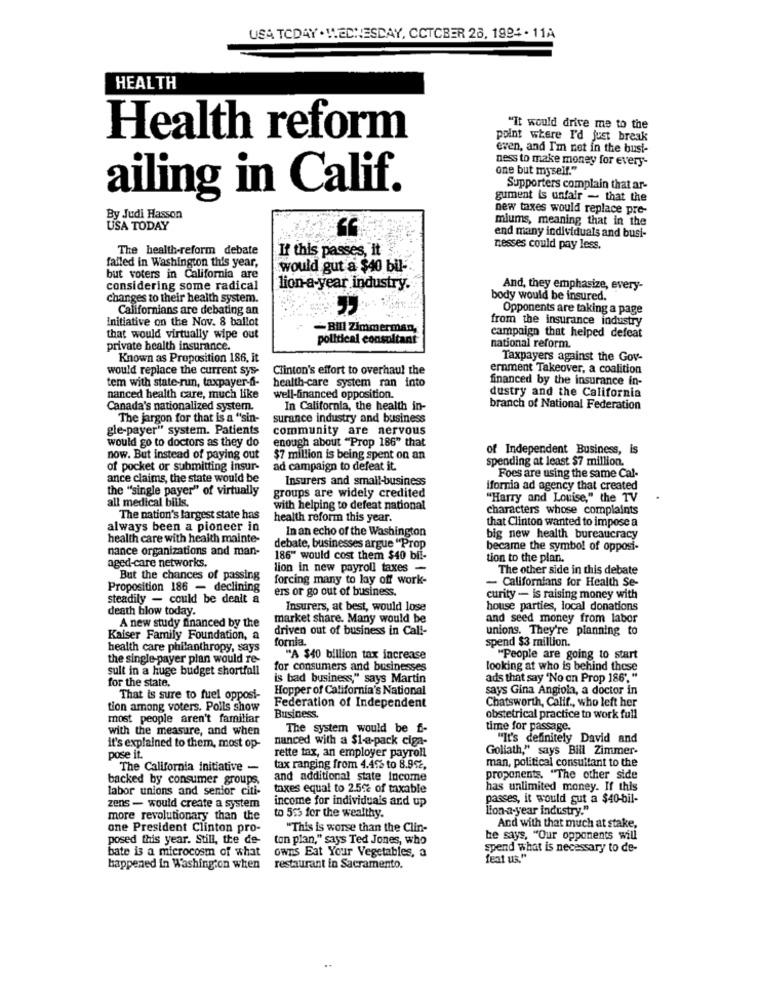
USA TODAY . WEDNESDAY, CCTCBER 26, 1994 . 11A
HEALTH
"It would drive me to the
Health reform
point where I'd just break
even, and I'm not in the busi-
ness to make money for every-
one but myself."
Supporters complain that ar-
ailing in Calif.
gument is unfair - that the
new taxes would replace pre-
By Judi Hasson
miums, meaning that in the
USA TODAY
end many individuals and busi-
The health-reform debate
If this passes, it
nesses could pay less.
failed in Washington this year,
would gut a $40 bil-
but voters in California are
considering some radical
lion-a year industry.
And, they emphasize, every-
changes to their health system.
body would be insured.
Californians are debating an
Opponents are taking a page
Initiative on the Nov. 8 ballot
from the insurance industry
-Bill Zimmerman,
that would virtually wipe out
political consultant
campaign that helped defeat
private health insurance.
national reform.
Known as Proposition 186, it
Taxpayers against the Gov-
would replace the current sys-
Clinton's effort to overhaul the
ernment Takeover, a coalition
tem with state-run, taxpayer-f-
health-care system ran into
financed by the insurance in-
nanced health care, much like
well-financed opposition.
dustry and the California
Canada's nationalized system.
In California, the health in-
branch of National Federation
The jargon for that is a "sin-
surance industry and business
gle-payer" system. Patients
community are nervous
would go to doctors as they do
enough about "Prop 186" that
of Independent Business, is
now. But instead of paying out
$7 million is being spent on an
spending at least $7 million.
of pocket or submitting insur-
ad campaign to defeat it.
ance claims, the state would be
Insurers and small-business
Foes are using the same Cal-
the "single payer" of virtually
ifornia ad agency that created
all medical bills.
groups are widely credited
"Harry and Louise," the TV
with helping to defeat national
characters whose complaints
The nation's largest state has
health reform this year.
that Clinton wanted to impose a
always been a pioneer in
In an echo of the Washington
health care with health mainte-
big new health bureaucracy
nance organizations and man-
debate, businesses argue "Prop
became the symbol of opposi-
186" would cost them $40 bli-
tion to the plan.
aged-care networks.
lion in new payroll taxes -
The other side in this debate
But the chances of passing
forcing many to lay off work-
- Californians for Health Se-
Proposition 186 - declining
ers or go out of business.
steadily - could be dealt a
curity - is raising money with
death blow today.
Insurers, at best, would lose
house parties, local donations
A new study financed by the
market share. Many would be
and seed money from labor
driven out of business in Call-
unions. They're planning to
Kaiser Family Foundation, a
fornia.
spend $3 million.
health care philanthropy, says
the single payer plan would re-
"A $40 billion tax increase
"People are going to start
sult in a huge budget shortfall
for consumers and businesses
looking at who is behind these
for the state.
is bad business," says Martin
ads that say "No on Prop 186". "
Hopper of California's National
says Gina Angiola, a doctor in
That is sure to fuel opposi-
Chatsworth, Calif ., who left her
tion among voters. Polls show
Federation of Independent
most people aren't familiar
Business.
obstetrical practice to work full
with the measure, and when
The system would be f-
time for passage.
nanced with a $1-a-pack ciga-
"It's definitely David and
it's explained to them, most op-
Goliath," says Bill Zimmer-
pose it.
rette tax, an employer payroll
man, political consultant to the
The California initiative -
tax ranging from 4.46 to 8.92,
backed by consumer groups,
and additional state income
proponents. "The other side
labor unions and senior citi-
taxes equal to 2.5% of taxable
has unlimited money. If this
income for individuals and up
passes, it would gut a $40-bil-
zens - would create a system
to 515 for the wealthy.
lion-a-year industry."
more revolutionary than the
one President Clinton pro-
"This is worse than the Clin-
And with that much at stake,
posed this year. Still, the de-
ton plan," says Ted Jones, who
be says, "Our opponents will
bate is a microcosm of what
owns Eat Your Vegetables, a
spend what is necessary to de-
feat us."
happened in Washington when
restaurant in Sacramento.